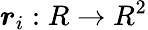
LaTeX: \boldsymbol{r}_{i}:{R}\rightarrow{R^{2}}